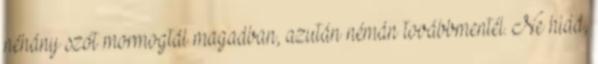
néhány szót mormogtál magadban, azután némán továbbmentél. Ne hidd,